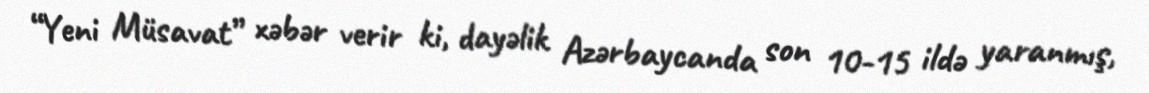
“Yeni Müsavat” xəbər verir ki, dayəlik Azərbaycanda son 10-15 ildə yaranmış,